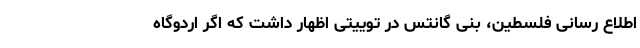
اطلاع رسانی فلسطین، بنی گانتس در توییتی اظهار داشت که اگر اردوگاه